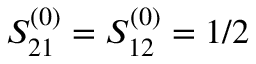
S _ { 2 1 } ^ { ( 0 ) } = S _ { 1 2 } ^ { ( 0 ) } = 1 / 2